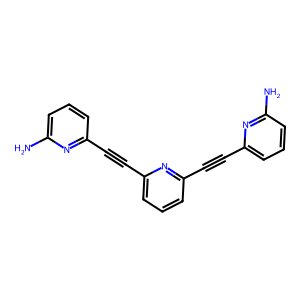
SMILES: Nc1cccc(C#Cc2cccc(C#Cc3cccc(N)n3)n2)n1
Inhibits HIV replication: No